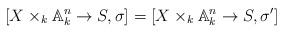
LaTeX: \begin{align*}[X\times_k\mathbb A_k^n\to S,\sigma]=[X\times_k\mathbb A_k^n\to S,\sigma']\end{align*}